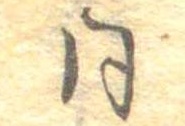
同